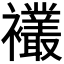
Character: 𫌘